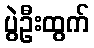
ပွဲဦးထွက်